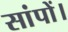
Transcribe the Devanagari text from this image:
सांपों।